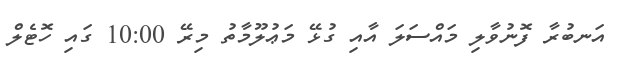
އަނބުރާ ފޮނުވާލި މައްސަލަ އާއި ގުޅޭ މަޢުލޫމާތު މިރޭ 10:00 ގައި ހޮޓެލް